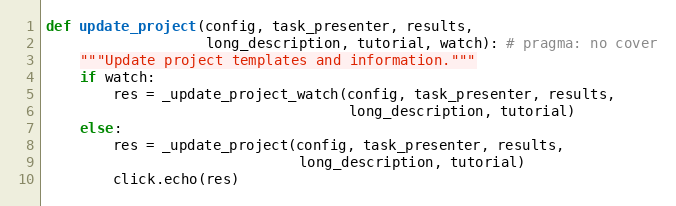
Language: Python
def update_project(config, task_presenter, results,
                   long_description, tutorial, watch): # pragma: no cover
    """Update project templates and information."""
    if watch:
        res = _update_project_watch(config, task_presenter, results,
                                    long_description, tutorial)
    else:
        res = _update_project(config, task_presenter, results,
                              long_description, tutorial)
        click.echo(res)